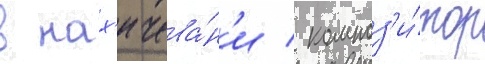
в нах'ичева́н'и / композ'и́тор